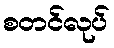
စတင်လုပ်